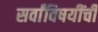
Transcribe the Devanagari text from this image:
सर्वांविषयींची